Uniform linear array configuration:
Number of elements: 16
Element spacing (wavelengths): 1
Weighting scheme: exponential
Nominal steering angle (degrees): -15
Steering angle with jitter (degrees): -13.554
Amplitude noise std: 0.05
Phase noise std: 0.05

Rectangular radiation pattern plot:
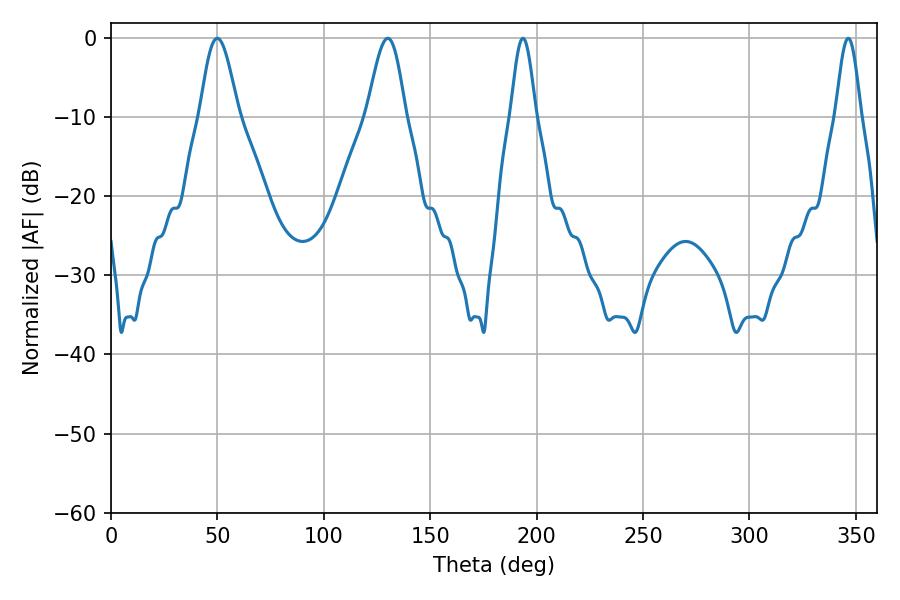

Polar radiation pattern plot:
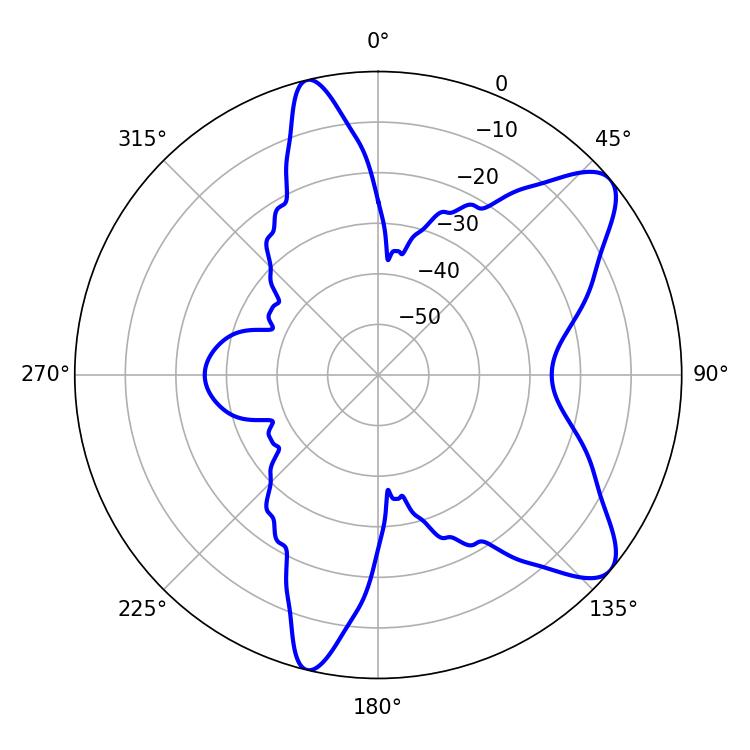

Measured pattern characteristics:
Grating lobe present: TRUE
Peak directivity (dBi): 9.082
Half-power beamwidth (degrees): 9.54
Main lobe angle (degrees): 49.86